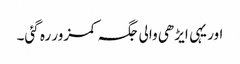
اور یہی ایڑھی والی جگہ کمزور رہ گئی۔